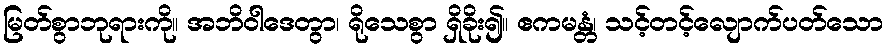
မြတ်စွာဘုရားကို။ အဘိဝါဒေတွာ၊ ရိုသေစွာ ရှိခိုး၍။ ဧကမန္တံ၊ သင့်တင့်လျောက်ပတ်သော